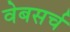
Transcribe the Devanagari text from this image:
वेबसर्च